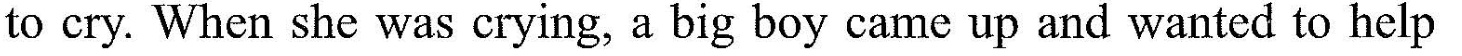
to cry. When she was crying, a big boy came up and wanted to help